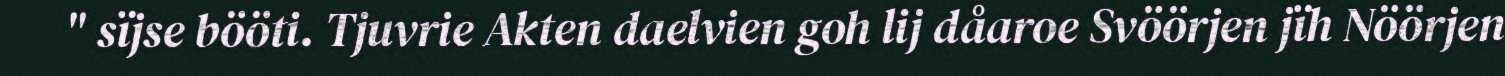
" sïjse bööti. Tjuvrie Akten daelvien goh lij dåaroe Svöörjen jïh Nöörjen